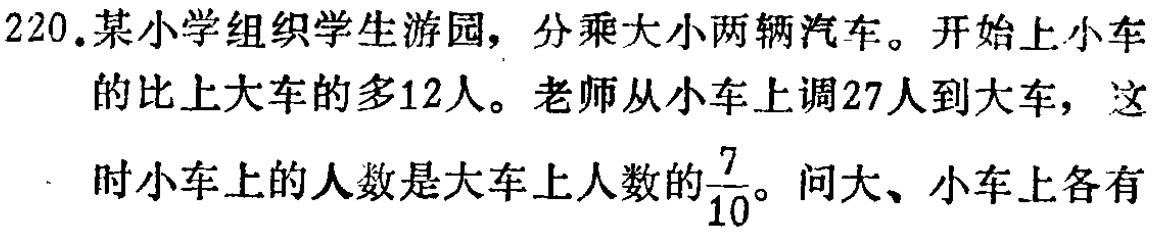
220.某小学组织学生游园，分乘大小两辆汽车。开始上小车的比上大车的多12人。老师从小车上调27人到大车，这时小车上的人数是大车上人数的$\frac{7}{10}$。问大、小车上各有